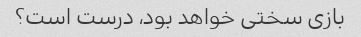
بازی سختی خواهد بود، درست است؟